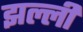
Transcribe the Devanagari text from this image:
झल्ली